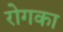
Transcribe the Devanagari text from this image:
रोगका